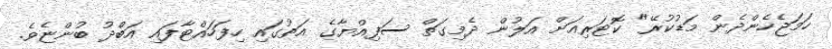
ހަމަޖެހެންދެން މަޑުކުރޭ" ކޮޓަރިއަށް އަލުން ދެމިގަތް ސަފިއްޔާގެ އަތުގައި ހިފަހައްޓާފައި އަބްދު ބުންޏެވެ.